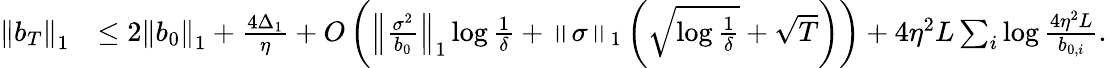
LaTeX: \begin{array}{rl}{\left\Vert b_{T}\right\Vert_{1}}&{\leq 2\left\Vert b_{0}\right\Vert_{1}+\frac{4\Delta_{1}}{\eta}+O\left(\left\Vert\frac{\sigma^{2}}{b_{0}}\right\Vert_{1}\log\frac{1}{\delta}+\left\Vert\sigma\right\Vert_{1}\left(\sqrt{\log\frac{1}{\delta}}+\sqrt{T}\right)\right)+4\eta^{2}L\sum_{i}\log\frac{4\eta^{2}L}{b_{0,i}}.}\end{array}